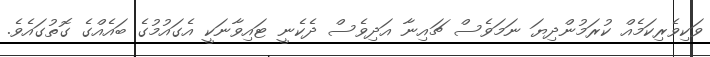
ވަކިވެރިކަމެއް ކުރަމުންދިޔަ ނަމަވެސް ޗައިނާ އަދިވެސް ދެކެނީ ޓައިވާނަކީ އެގައުމުގެ ބައެއްގެ ގޮތުގައެވެ.